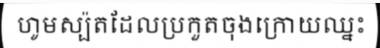
ហូមស្ប៉តដែលប្រកួតចុងក្រោយឈ្នះ